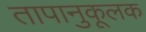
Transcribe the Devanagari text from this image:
तापानुकूलक